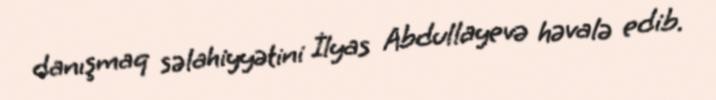
danışmaq səlahiyyətini İlyas Abdullayevə həvalə edib.